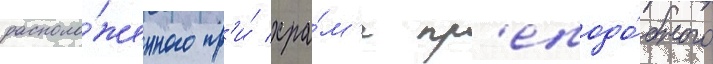
располо́женного пр'и́ хра́м'е пр'еподо́бного